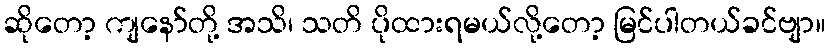
ဆိုတော့ ကျနော်တို့ အသိ၊ သတိ ပိုထားရမယ်လို့တော့ မြင်ပါတယ်ခင်ဗျာ။